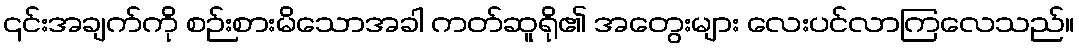
၎င်းအချက်ကို စဉ်းစားမိသောအခါ ကတ်ဆူရို၏ အတွေးများ လေးပင်လာကြလေသည်။